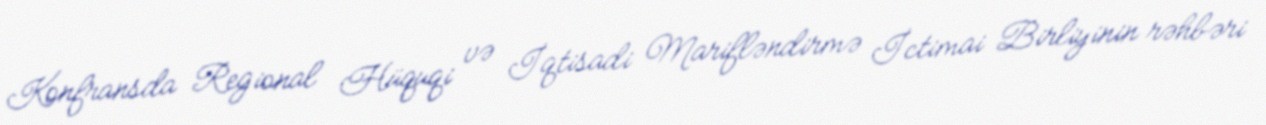
Konfransda Regional Hüquqi və İqtisadi Marifləndirmə İctimai Birliyinin rəhbəri